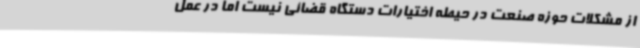
از مشکلات حوزه صنعت در حیطه اختیارات دستگاه قضائی نیست اما در عمل